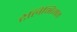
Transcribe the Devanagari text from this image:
टेलिभिजन